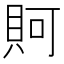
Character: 𧵛